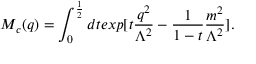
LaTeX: M _ { c } ( q ) = \int _ { 0 } ^ { \frac { 1 } { 2 } } d t e x p [ t \frac { q ^ { 2 } } { \Lambda ^ { 2 } } - \frac { 1 } { 1 - t } \frac { m ^ { 2 } } { \Lambda ^ { 2 } } ] .